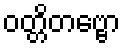
ဝတ္တိတဗ္ဗော